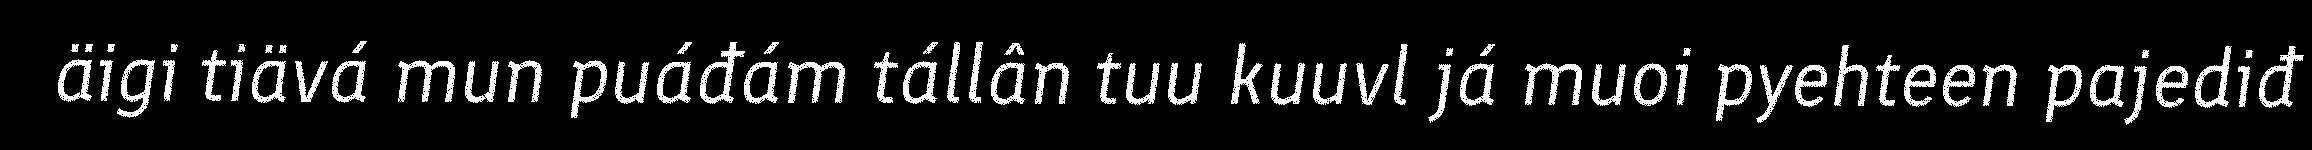
äigi tiävá mun puáđám tállân tuu kuuvl já muoi pyehteen pajediđ